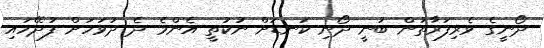
ދޯނީގެ ވެރިފަރާތުން ބުނީ ދޯނި ކަނޑަށް ނުކުތީ އެންމެ ދެ ދުވަހަށް ފުދޭހައި